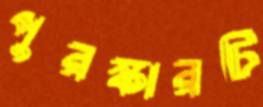
পুরস্কারটি